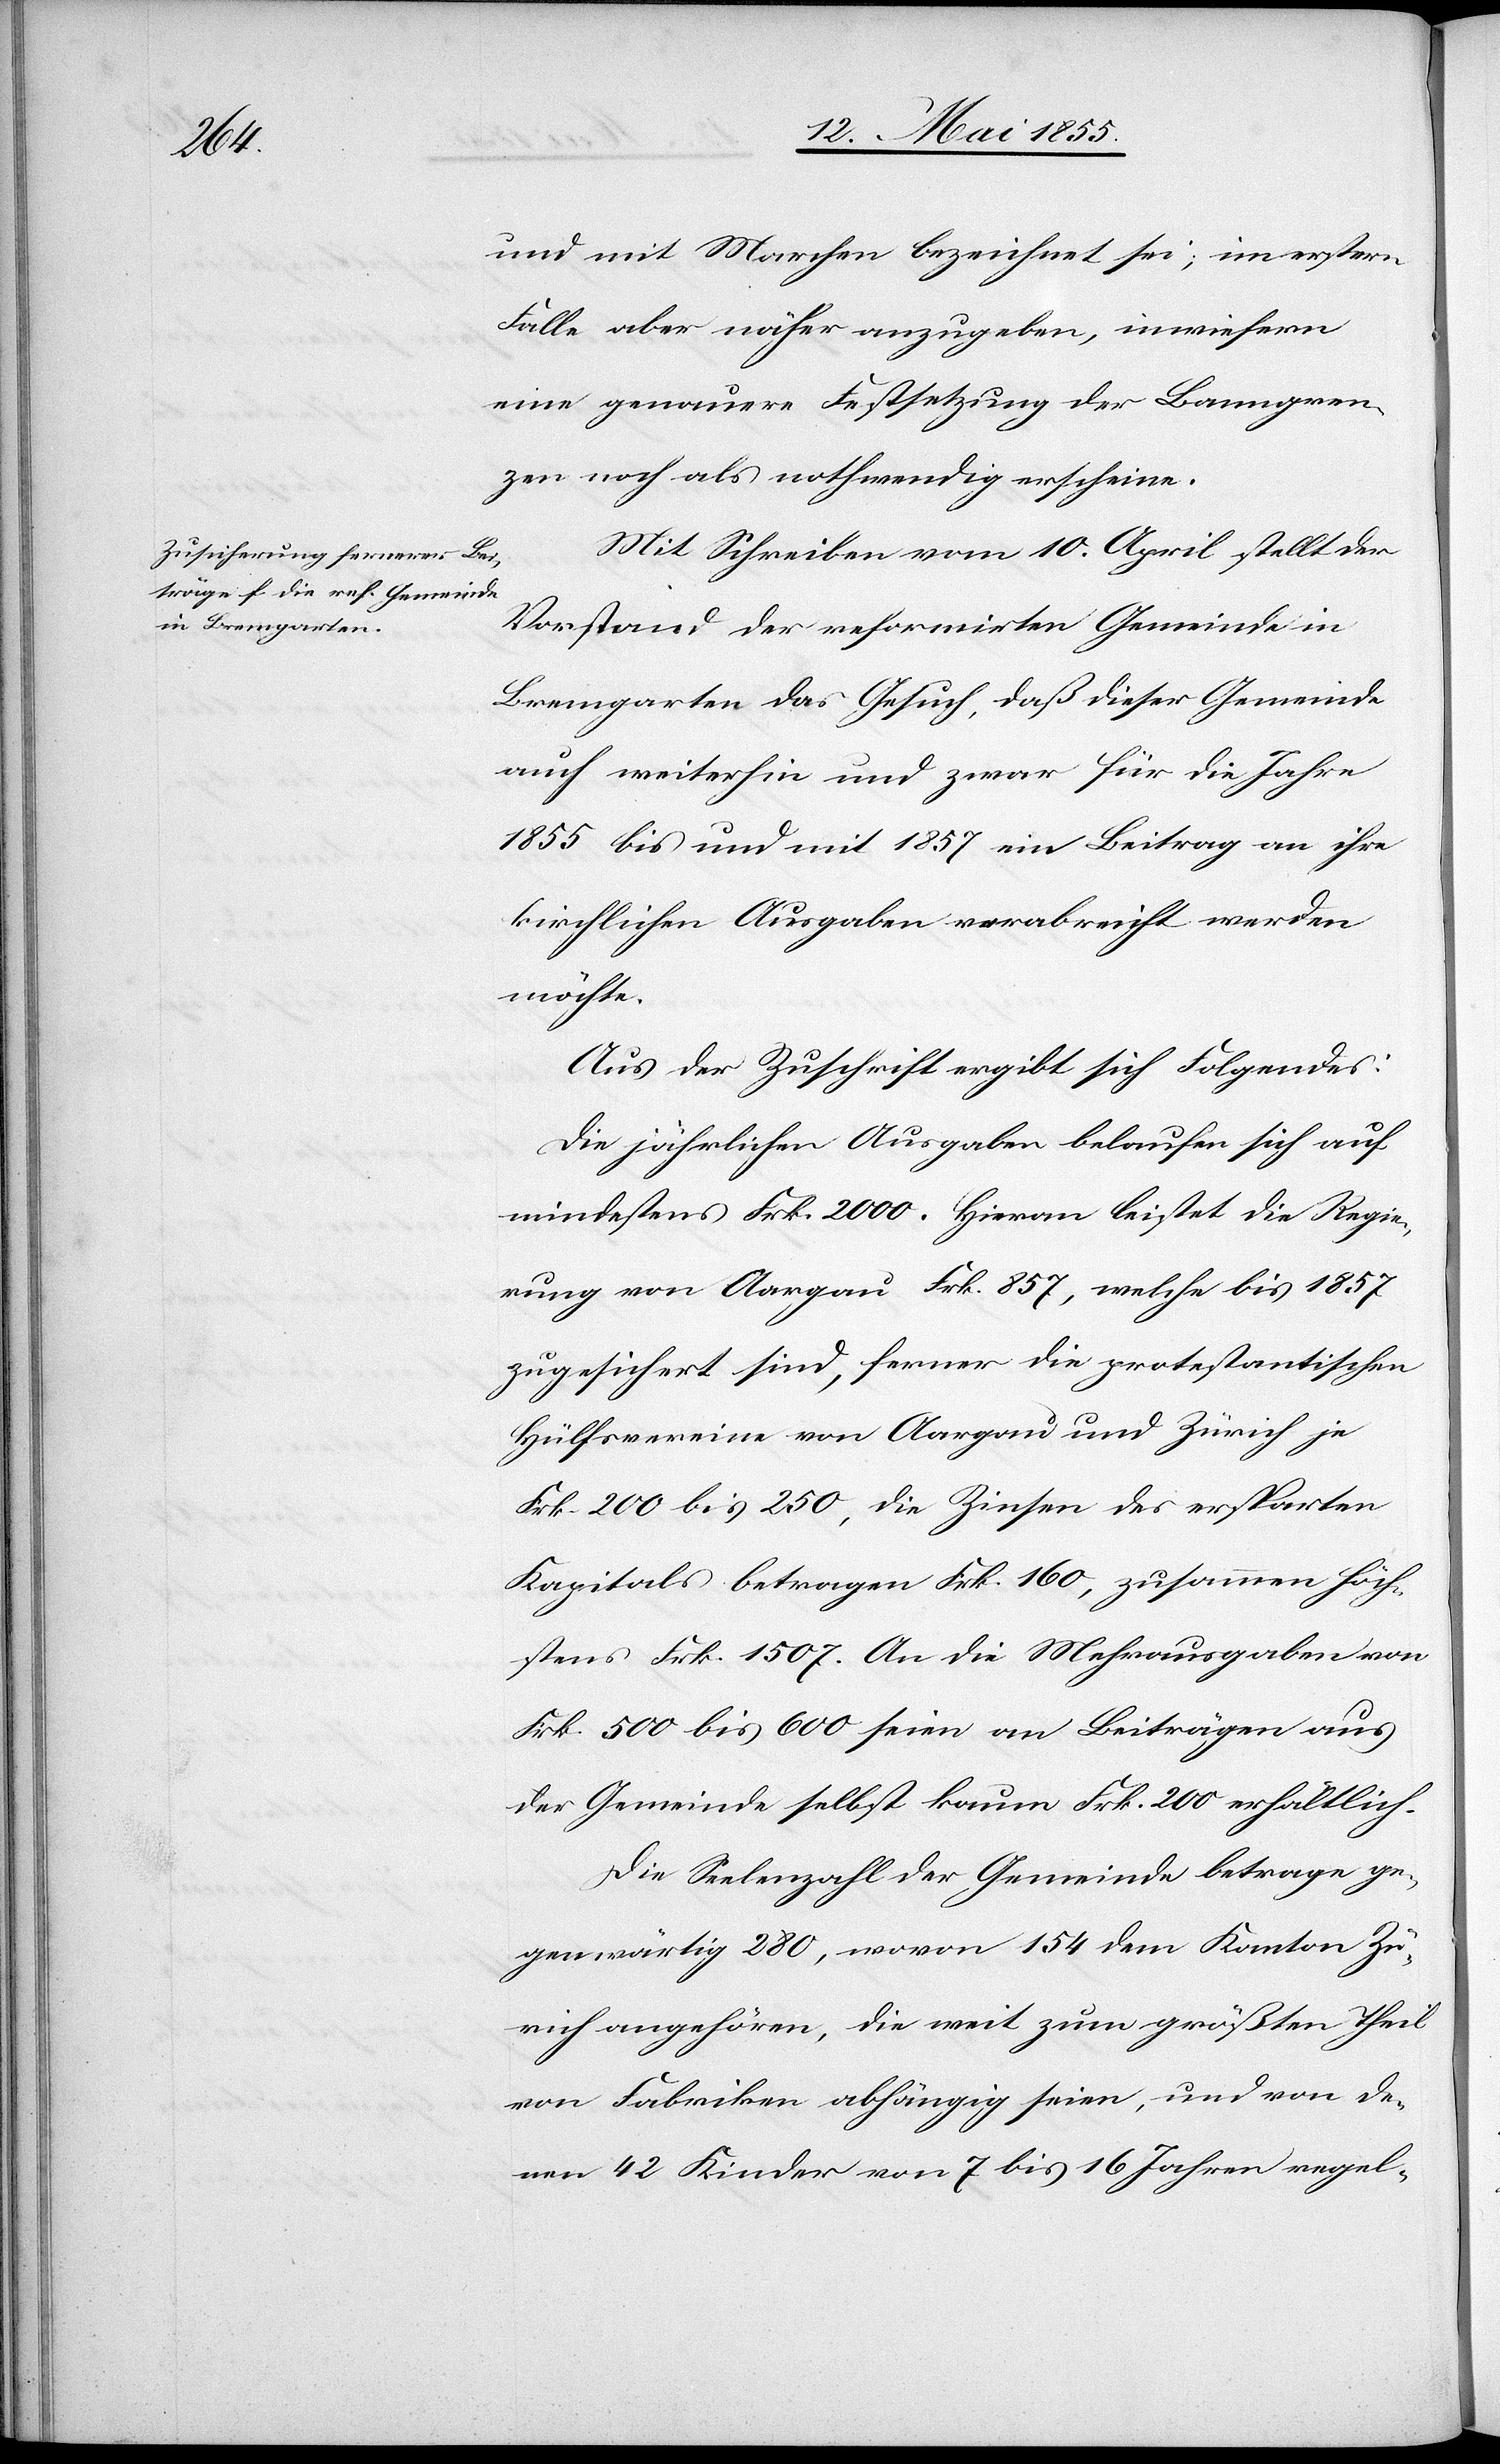
und mit Marchen bezeichnet sei; im erstern
Falle aber näher anzugeben, inwiefern
eine genauere Festsetzung der Banngren¬
zen noch als nothwendig erscheine.
Mit Schreiben vom 10. April stellt der
Vorstand der reformirten Gemeinde in
Bremgarten das Gesuch, daß dieser Gemeinde
auch weiterhin und zwar für die Jahre
1855 bis und mit 1857 ein Beitrag an ihre
kirchlichen Ausgaben verabreicht werden
möchte.
Aus der Zuschrift ergibt sich Folgendes:
Die jährlichen Ausgaben belaufen sich auf
mindestens Frk. 2000. Hieran leistet die Regie¬
rung von Aargau Frk. 857, welche bis 1857
zugesichert sind, ferner die protestantischen
Hülfsvereine von Aargau und Zürich je
Frk. 200 bis 250, die Zinsen des ersparten
Kapitals betragen Frk. 160, zusammen höch¬
stens Frk. 1507. An die Mehrausgaben von
Frk. 500 bis 600 seien an Beiträgen aus
der Gemeinde selbst kaum Frk. 200 erhältlich.
Die Seelenzahl der Gemeinde betrage ge¬
genwärtig 280, wovon 154 dem Kanton Zü¬
rich angehören, die weit zum größten Theil
von Fabriken abhängig seien, und von de¬
nen 42 Kinder von 7 bis 16 Jahren regel-